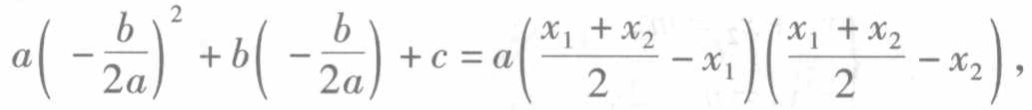
\(a\left(-\frac{b}{2a}\right)^{2}+b\left(-\frac{b}{2a}\right)+c = a\left(\frac{x_{1}+x_{2}}{2}-x_{1}\right)\left(\frac{x_{1}+x_{2}}{2}-x_{2}\right)\)